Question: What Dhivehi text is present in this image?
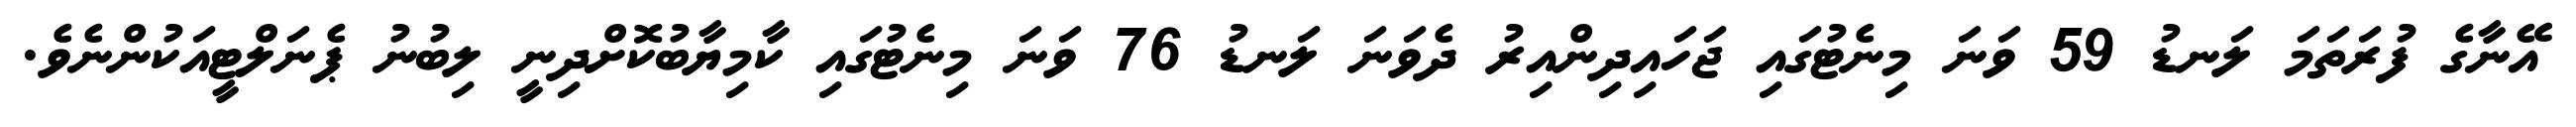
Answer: އޭނާގެ ފުރަތަމަ ލަނޑު 59 ވަނަ މިނެޓުގައި ޖަހައިދިންއިރު ދެވަނަ ލަނޑު 76 ވަނަ މިނެޓުގައި ކާމިޔާބުކޮށްދިނީ ލިބުނު ޕެނަލްޓީއަކުންނެވެ.